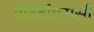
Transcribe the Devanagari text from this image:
पीईटीएससी